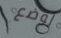
لوضع